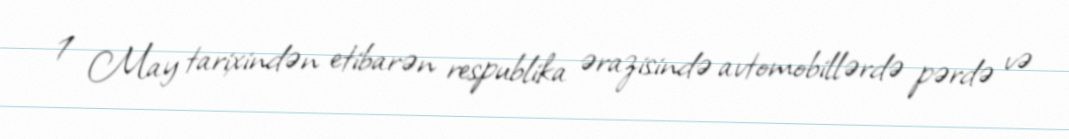
1 May tarixindən etibarən respublika ərazisində avtomobillərdə pərdə və